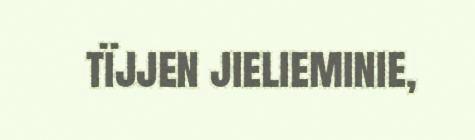
tïjjen jielieminie,